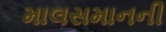
માલસમાનની